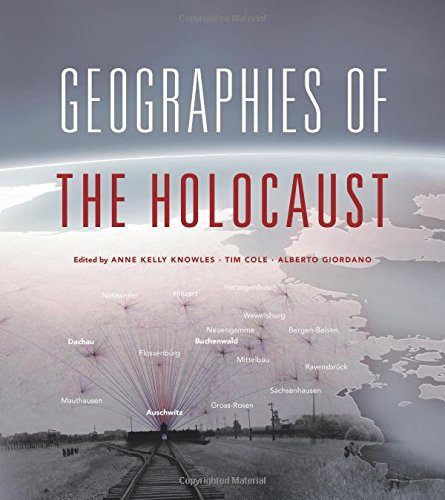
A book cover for Geographies of the Holocaust (The Spatial Humanities); History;